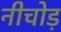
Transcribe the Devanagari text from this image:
नीचोड़